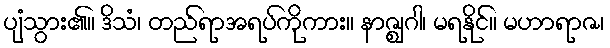
ပျံသွား၏။ ဒိသံ၊ တည်ရာအရပ်ကိုကား။ နာဇ္ဈဂါ၊ မရနိုင်။ မဟာရာဇ၊